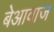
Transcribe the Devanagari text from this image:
बेआवाज